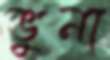
ভুনা